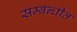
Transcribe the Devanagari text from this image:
सम्‍बन्‍धीत